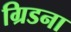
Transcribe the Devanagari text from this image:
ग्रिडना